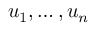
u _ { 1 } , \ldots , u _ { n }